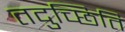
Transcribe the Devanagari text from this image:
तदुच्छिति